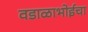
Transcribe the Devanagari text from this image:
वडाळाभोईचा